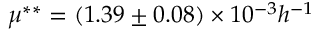
\mu ^ { * * } = ( 1 . 3 9 \pm 0 . 0 8 ) \times 1 0 ^ { - 3 } h ^ { - 1 }